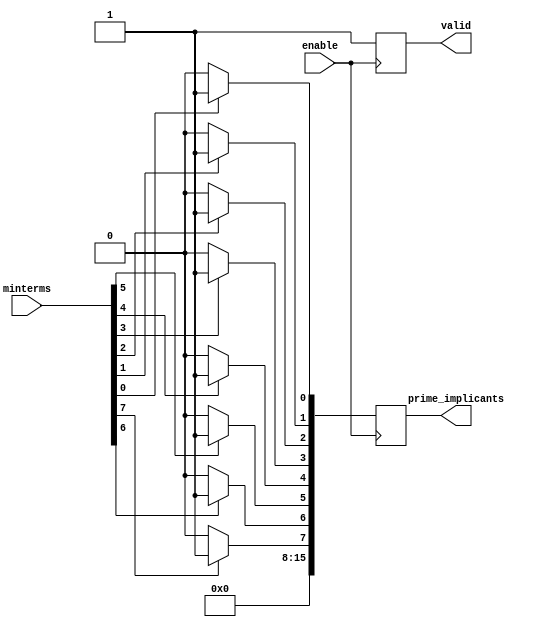
module PrimeImplicants (
    input wire [7:0] minterms,      // 8-bit input for minterm representation (0-255)
    input wire enable,               // Enable signal
    output reg [15:0] prime_implicants, // Output for prime implicants (up to 16)
    output reg valid                 // Valid output signal
);

    reg [7:0] current_minterms;      // Storage for current minterms
    reg [15:0] implicant_list;        // Temporary storage for implicants
    integer i, j;

    // State to hold the prime implicants found
    always @(posedge enable) begin
        if (enable) begin
            // Initialize
            current_minterms = minterms;
            implicant_list = 16'b0;
            valid = 1'b0;

            // Simplified example of identifying prime implicants
            // This is where the actual logic for finding prime implicants would go
            // For demonstration, let's assume we just copy the minterms directly
            for (i = 0; i < 8; i = i + 1) begin
                if (current_minterms[i]) begin
                    implicant_list[i] = 1'b1; // Mark implicant found
                end
            end

            // Assign the implicant list to the output
            prime_implicants = implicant_list;
            valid = 1'b1; // Signal that the output is valid
        end
    end

endmodule